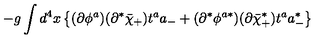
- g \int d ^ { 4 } x \left\{ ( \partial \phi ^ { a } ) ( \partial ^ { * } \bar { \chi } _ { + } ) t ^ { a } a _ { - } + ( \partial ^ { * } \phi ^ { a * } ) ( \partial \bar { \chi } _ { + } ^ { * } ) t ^ { a } a _ { - } ^ { * } \right\}